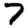
Digit: 7